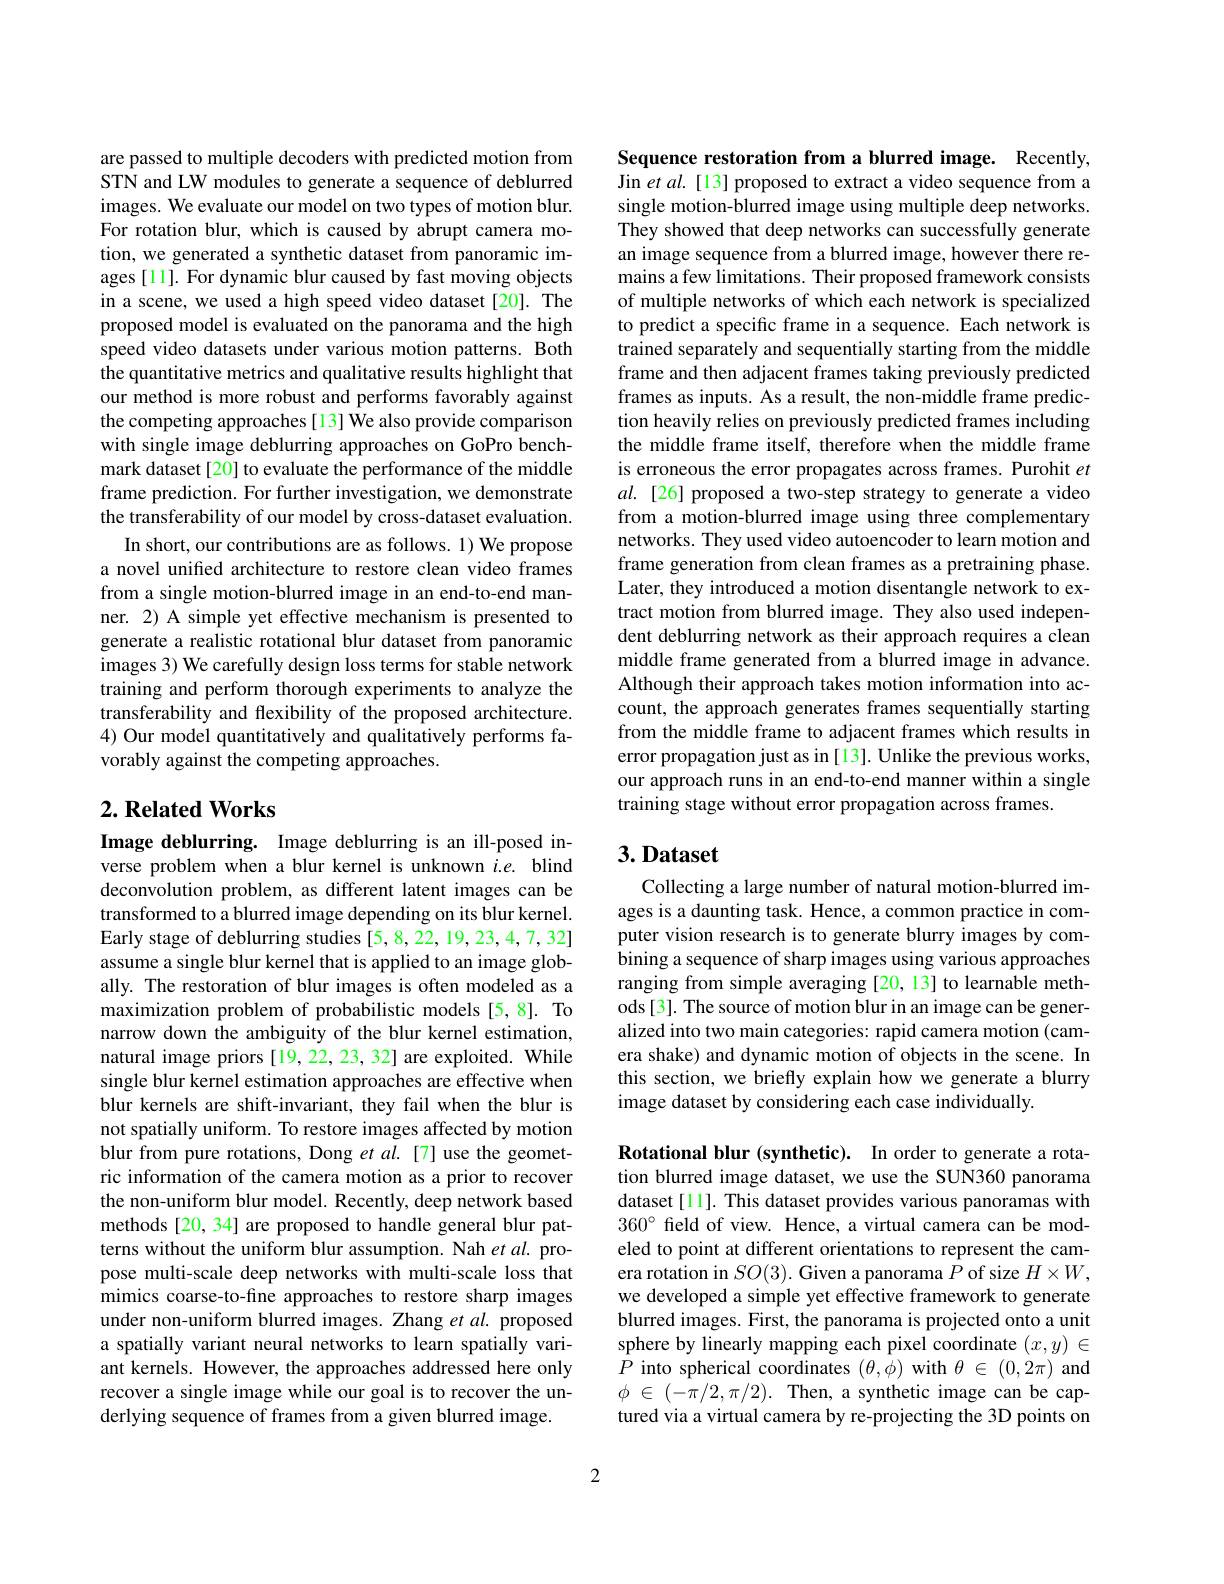
are passed to multiple decoders with predicted motion from STN and LW modules to generate a sequence of deblurred images. We evaluate our model on two types of motion blur. For rotation blur, which is caused by abrupt camera motion, we generated a synthetic dataset from panoramic images [11]. For dynamic blur caused by fast moving objects in a scene, we used a high speed video dataset [20]. The proposed model is evaluated on the panorama and the high speed video datasets under various motion patterns. Both the quantitative metrics and qualitative results highlight that our method is more robust and performs favorably against the competing approaches [13] We also provide comparison with single image deblurring approaches on GoPro benchmark dataset [20] to evaluate the performance of the middle frame prediction. For further investigation, we demonstrate the transferability of our model by cross-dataset evaluation.
In short, our contributions are as follows. 1) We propose a novel unified architecture to restore clean video frames from a single motion-blurred image in an end-to-end manner. 2) A simple yet effective mechanism is presented to generate a realistic rotational blur dataset from panoramic images 3) We carefully design loss terms for stable network training and perform thorough experiments to analyze the transferability and flexibility of the proposed architecture. 4) Our model quantitatively and qualitatively performs favorably against the competing approaches.

# $2. \textbf{Related Works}$

Image deblurring. Image deblurring is an ill-posed inverse problem when a blur kernel is unknown $i. e.$ blind deconvolution problem, as different latent images can be transformed to a blurred image depending on its blur kernel. Early stage of deblurring studies [5,8,22,19,23,4,7,32] assume a single blur kernel that is applied to an image globally. The restoration of blur images is often modeled as a maximization problem of probabilistic models[5,8]. To narrow down the ambiguity of the blur kernel estimation, natural image priors[19,22,23,32] are exploited. While single blur kernel estimation approaches are effective when blur kernels are shift-invariant, they fail when the blur is not spatially uniform. To restore images affected by motion blur from pure rotations, Dong et al.[7] use the geometric information of the camera motion as a prior to recover the non-uniform blur model. Recently, deep network based methods [20, 34] are proposed to handle general blur patterns without the uniform blur assumption. Nah et al. propose multi-scale deep networks with multi-scale loss that mimics coarse-to-fine approaches to restore sharp images under non-uniform blurred images. Zhang $etal.$ proposed a spatially variant neural networks to learn spatially variant kernels. However, the approaches addressed here only recover a single image while our goal is to recover the underlying sequence of frames from a given blurred image.

Sequence restoration from a blurred image. Recently, Jin et al.[13] proposed to extract a video sequence from a single motion-blurred image using multiple deep networks. They showed that deep networks can successfully generate an image sequence from a blurred image, however there remains a few limitations. Their proposed framework consists of multiple networks of which each network is specialized to predict a specific frame in a sequence. Each network is trained separately and sequentially starting from the middle frame and then adjacent frames taking previously predicted frames as inputs. As a result, the non-middle frame prediction heavily relies on previously predicted frames including the middle frame itself, therefore when the middle frame is erroneous the error propagates across frames. Purohit et $al.$ [26] proposed a two-step strategy to generate a video from a motion-blurred image using three complementary networks. They used video autoencoder to learn motion and frame generation from clean frames as a pretraining phase. Later, they introduced a motion disentangle network to extract motion from blurred image. They also used independent deblurring network as their approach requires a clean middle frame generated from a blurred image in advance. Although their approach takes motion information into account, the approach generates frames sequentially starting from the middle frame to adjacent frames which results in error propagation just as in [13]. Unlike the previous works, our approach runs in an end-to-end manner within a single training stage without error propagation across frames.

## $3. \textbf{Dataset}$

Collecting a large number of natural motion-blurred images is a daunting task. Hence, a common practice in computer vision research is to generate blurry images by com- $\hat{\text{bining a sequence of sharp images using various approaches}}$ ranging from simple averaging [20, 13] to learnable methods[3]. The source of motion blur in an image can be generalized into two main categories: rapid camera motion (camera shake) and dynamic motion of objects in the scene. In this section, we briefly explain how we generate a blurry image dataset by considering each case individually.

Rotational blur (synthetic). In order to generate a rotation blurred image dataset, we use the SUN360 panorama dataset [11]. This dataset provides various panoramas with $360^{\circ}$ field of view. Hence, a virtual camera can be modeled to point at different orientations to represent the camera rotation in $SO(3).$ Given a panorama $P$ of size $H\times W$, we developed a simple yet effective framework to generate blurred images. First, the panorama is projected onto a unit sphere by linearly mapping each pixel coordinate $(x,y)\in$ $P$ into spherical coordinates $(\theta,\phi)$ with $\theta\in(0,2\pi)$ and $\phi\in(-\pi/2,\pi/2).$ Then, a synthetic image can be captured via a virtual camera by re-projecting the 3D points on

2